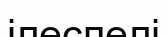
ілеспелі